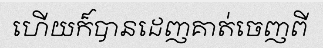
ហើយក៏បានដេញគាត់ចេញពី